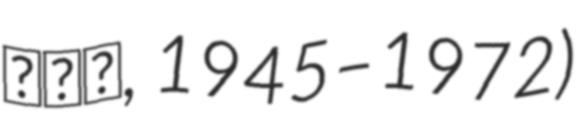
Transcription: صدق, 1945–1972)